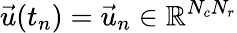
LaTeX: \vec{u}(t_{n})=\vec{u}_{n}\in\mathbb{R}^{N_{c}N_{r}}